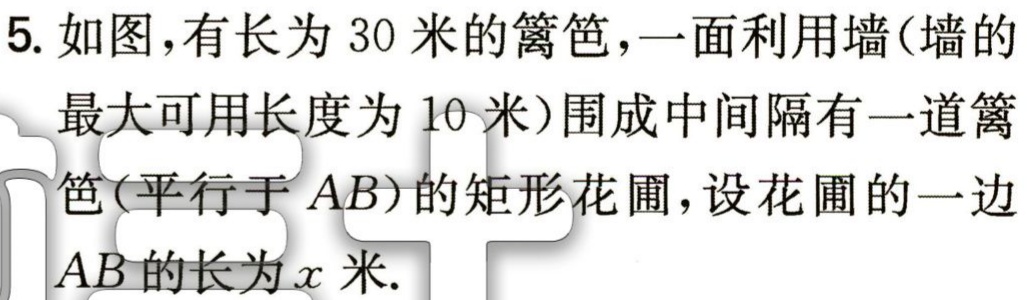
5. 如图，有长为 30 米的篱笆，一面利用墙(墙的
最大可用长度为 10 米)围成中间隔有一道篱
笆(平行于 \(AB\))的矩形花圃，设花圃的一边
\(AB\) 的长为 \(x\) 米.